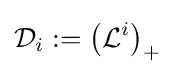
{\mathcal {D}}_{i}:={\big (}{\mathcal {L}}^{i}{\big )}_{+}